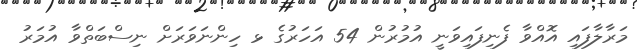
މަރާލާފައި އޮއްވާ ފެނިފައިވަނީ އުމުރުން 54 އަހަރުގެ ޅ ހިންނަވަރަށް ނިސްބަތްވާ އުމަރު